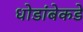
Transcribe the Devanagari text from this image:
धोडांबेकडे